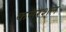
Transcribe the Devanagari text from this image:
कमरशल